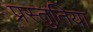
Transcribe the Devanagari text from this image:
प्रस्तुतिया